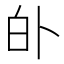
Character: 𱱺